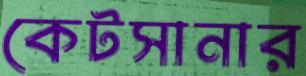
কেটসানার